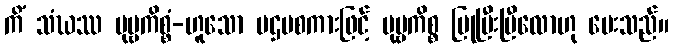
ကိံ သံဃဿ ပုဗ္ဗကိစ္စံ-ဟူသော ပဌမစကားဖြင့် ပုဗ္ဗကိစ္စ ပြုပြီးပြီလောဟု မေးသည်။